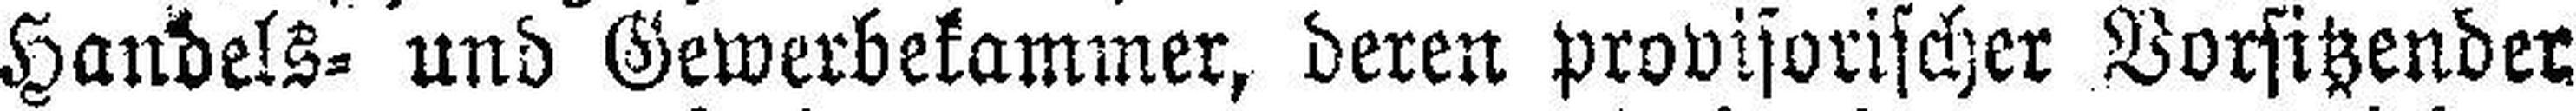
Handels= und Gewerbekammer, deren provisorischer Vorsitzender